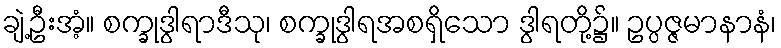
ချဲ့ဦးအံ့။ စက္ခုဒွါရာဒီသု၊ စက္ခုဒွါရအစရှိသော ဒွါရတို့၌။ ဥပ္ပဇ္ဇမာနာနံ၊